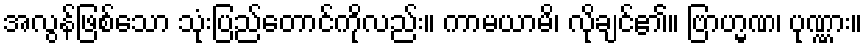
အလွန်ဖြစ်သော သုံးပြည်တောင်ကိုလည်း။ ကာမယာမိ၊ လိုချင်၏။ ဗြာဟ္မဏ၊ ပုဏ္ဏား။